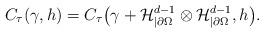
LaTeX: \begin{align*} C_{\tau}(\gamma,h)=C_{\tau}\big(\gamma+\mathcal{H}^{d-1}_{|\partial\Omega}\otimes\mathcal{H}^{d-1}_{|\partial\Omega},h\big).\end{align*}